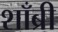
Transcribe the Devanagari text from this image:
शाँब्री